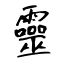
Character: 靈